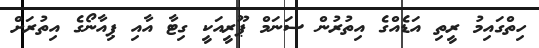
ހިތްގައިމު ރީތި އަޑެއްގެ އިތުރުން ސަނަމް ޕޫރީއަކީ ގިޓާ އާއި ޕިއާނޯގެ އިތުރަށް